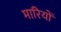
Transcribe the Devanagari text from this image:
मारियों